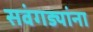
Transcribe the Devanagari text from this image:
सवंगड्यांना